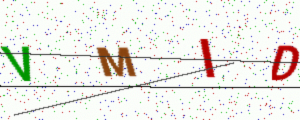
Text: VMID